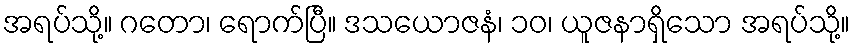
အရပ်သို့။ ဂတော၊ ရောက်ပြီ။ ဒသယောဇနံ၊ ၁၀၊ ယူဇနာရှိသော အရပ်သို့။